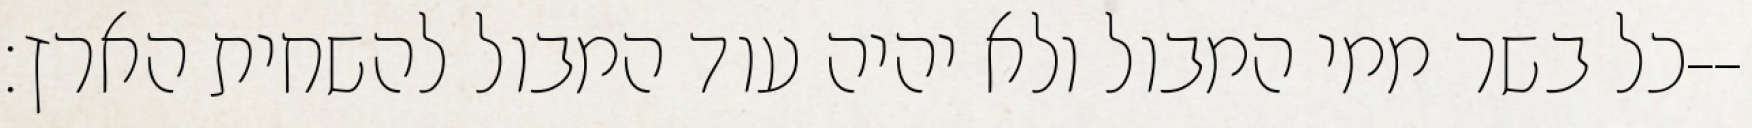
כל בשר ממי המבול ולא יהיה עוד המבול להשחית הארץ׃--